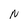
Character: N